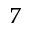
^ { 7 }